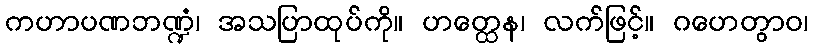
ကဟာပဏဘဏ္ဍံ၊ အသပြာထုပ်ကို။ ဟတ္ထေန၊ လက်ဖြင့်။ ဂဟေတွာဝ၊